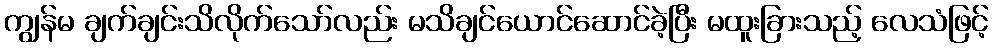
ကျွန်မ ချက်ချင်းသိလိုက်သော်လည်း မသိချင်ယောင်ဆောင်ခဲ့ပြီး မထူးခြားသည့် လေသံဖြင့်